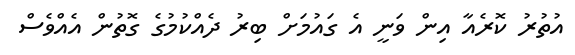
އުތުރު ކޮރެއާ އިން ވަނީ އެ ގައުމަށް ބިރު ދެއްކުމުގެ ގޮތުން އެއްވެސް